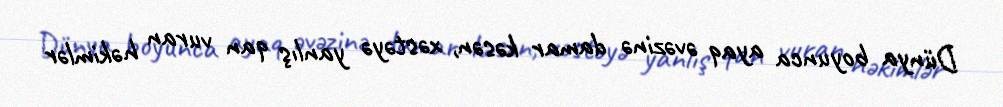
Dünya boyunca ayaq əvəzinə damar kəsən, xəstəyə yanlış qan vuran həkimlər